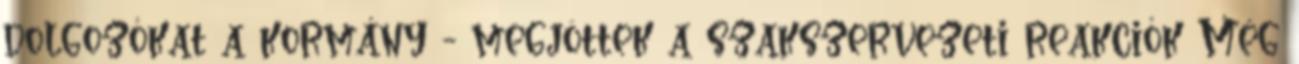
dolgozókat a kormány - megjöttek a szakszervezeti reakciók Még